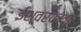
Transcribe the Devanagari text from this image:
ईश्वरकथा